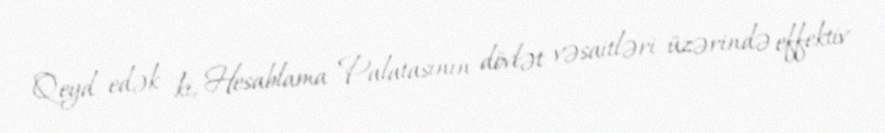
Qeyd edək ki, Hesablama Palatasının dövlət vəsaitləri üzərində effektiv